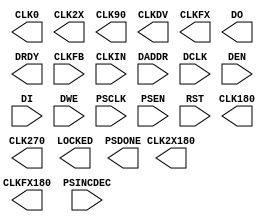
// $Header: /devl/xcs/repo/env/Databases/CAEInterfaces/verplex_libs/data/simprims/Attic/X_DCM_ADV.v,v 1.1.2.1 2004/09/28 20:47:45 wloo Exp $

`timescale  1 ps / 1 ps

module X_DCM_ADV (
        CLK0,
        CLK180,
        CLK270,
        CLK2X,
        CLK2X180,
        CLK90,
        CLKDV,
        CLKFX,
        CLKFX180,
        DO,
        DRDY,
        LOCKED,
        PSDONE,
        CLKFB,
        CLKIN,
        DADDR,
        DCLK,
        DEN,
        DI,
        DWE,
        PSCLK,
        PSEN,
        PSINCDEC,
        RST
);

parameter CLKDV_DIVIDE = 2.0;
parameter CLKFX_DIVIDE = 1;
parameter CLKFX_MULTIPLY = 4;
parameter CLKIN_DIVIDE_BY_2 = "FALSE";
parameter CLKIN_PERIOD = 0.0;                  // non-simulatable
parameter CLKOUT_PHASE_SHIFT = "NONE";
parameter CLK_FEEDBACK = "1X";
parameter DCM_PERFORMANCE_MODE = "MAX_SPEED";   // non-simulatable
parameter DESKEW_ADJUST = "SYSTEM_SYNCHRONOUS"; // non-simulatable
parameter DFS_FREQUENCY_MODE = "LOW";
parameter DFS_OSCILLATOR_MODE = "PHASE_FREQ_LOCK";
parameter DLL_FREQUENCY_MODE = "LOW";
parameter DUTY_CYCLE_CORRECTION = "TRUE";
parameter FACTORY_JF = 16'hC080;                // non-simulatable
parameter MAXPERCLKIN = 1000000;                // non-modifiable simulation parameter
parameter MAXPERPSCLK = 100000000;              // non-modifiable simulation parameter
parameter PHASE_SHIFT = 0;
parameter SIM_CLKIN_CYCLE_JITTER = 300;         // non-modifiable simulation parameter
parameter SIM_CLKIN_PERIOD_JITTER = 1000;       // non-modifiable simulation parameter
parameter STARTUP_WAIT = "FALSE";               // non-simulatable
output CLK0;
output CLK180;
output CLK270;
output CLK2X180;
output CLK2X;
output CLK90;
output CLKDV;
output CLKFX180;
output CLKFX;
output DRDY;
output LOCKED;
output PSDONE;
output [15:0] DO;
input CLKFB;
input CLKIN;
input DCLK;
input DEN;
input DWE;
input PSCLK;
input PSEN;
input PSINCDEC;
input RST;
input [15:0] DI;
input [6:0] DADDR;

endmodule